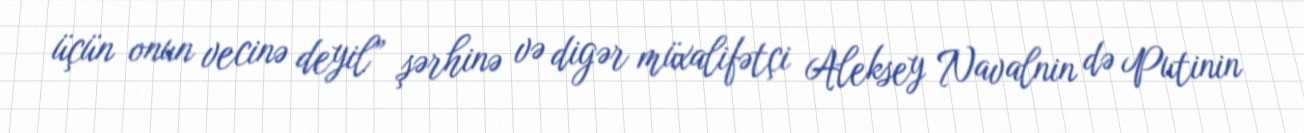
üçün onun vecinə deyil” şərhinə və digər müxalifətçi Aleksey Navalnin də Putinin